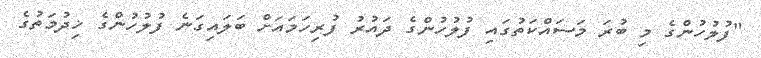
"ފުލުހުންގެ މި ބުރަ މަސައްކަތުގައި ފުލުހުންގެ ދައުރު ފުރިހަމައަށް ބަލައިގަނެ ފުލުހުންގެ ޚިދުމަތުގެ